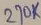
Text: 270K